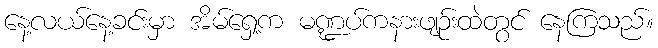
နေ့လယ်နေ့ခင်းမှာ အိမ်ရှေ့က မဏ္ဍပ်ကနားဖျဉ်းထဲတွင် နေကြသည်။